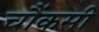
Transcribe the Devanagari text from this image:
चौंकसी